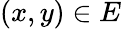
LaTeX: (x,y)\in E